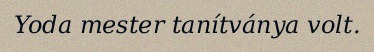
Yoda mester tanítványa volt.